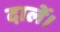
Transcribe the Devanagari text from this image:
दालें।